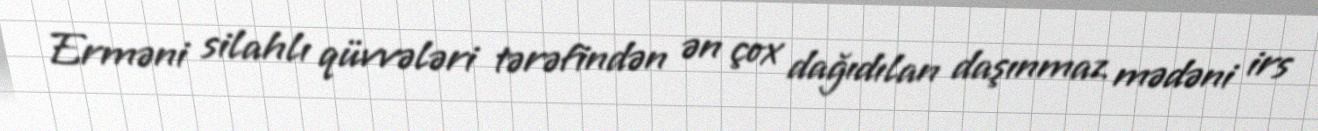
Erməni silahlı qüvvələri tərəfindən ən çox dağıdılan daşınmaz mədəni irs